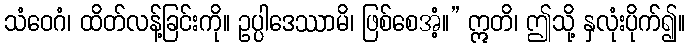
သံဝေဂံ၊ ထိတ်လန့်ခြင်းကို။ ဥပ္ပါဒေဿာမိ၊ ဖြစ်စေအံံ့။” ဣတိ၊ ဤသို့ နှလုံးပိုက်၍။